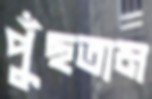
পুঁছতাম